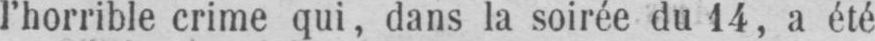
l’horrible crime qui, dans la soirée du 14, a été